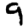
Digit: 9